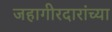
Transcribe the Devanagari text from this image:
जहागीरदारांच्या